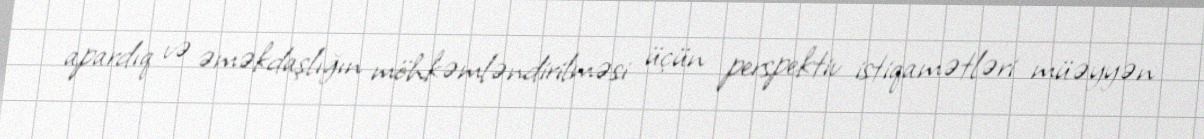
apardıq və əməkdaşlığın möhkəmləndirilməsi üçün perspektiv istiqamətləri müəyyən